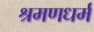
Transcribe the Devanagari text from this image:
श्रमणधर्म